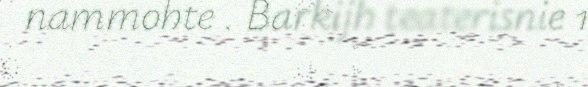
nammohte . Barkijh teaterisnie 1